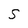
Character: S